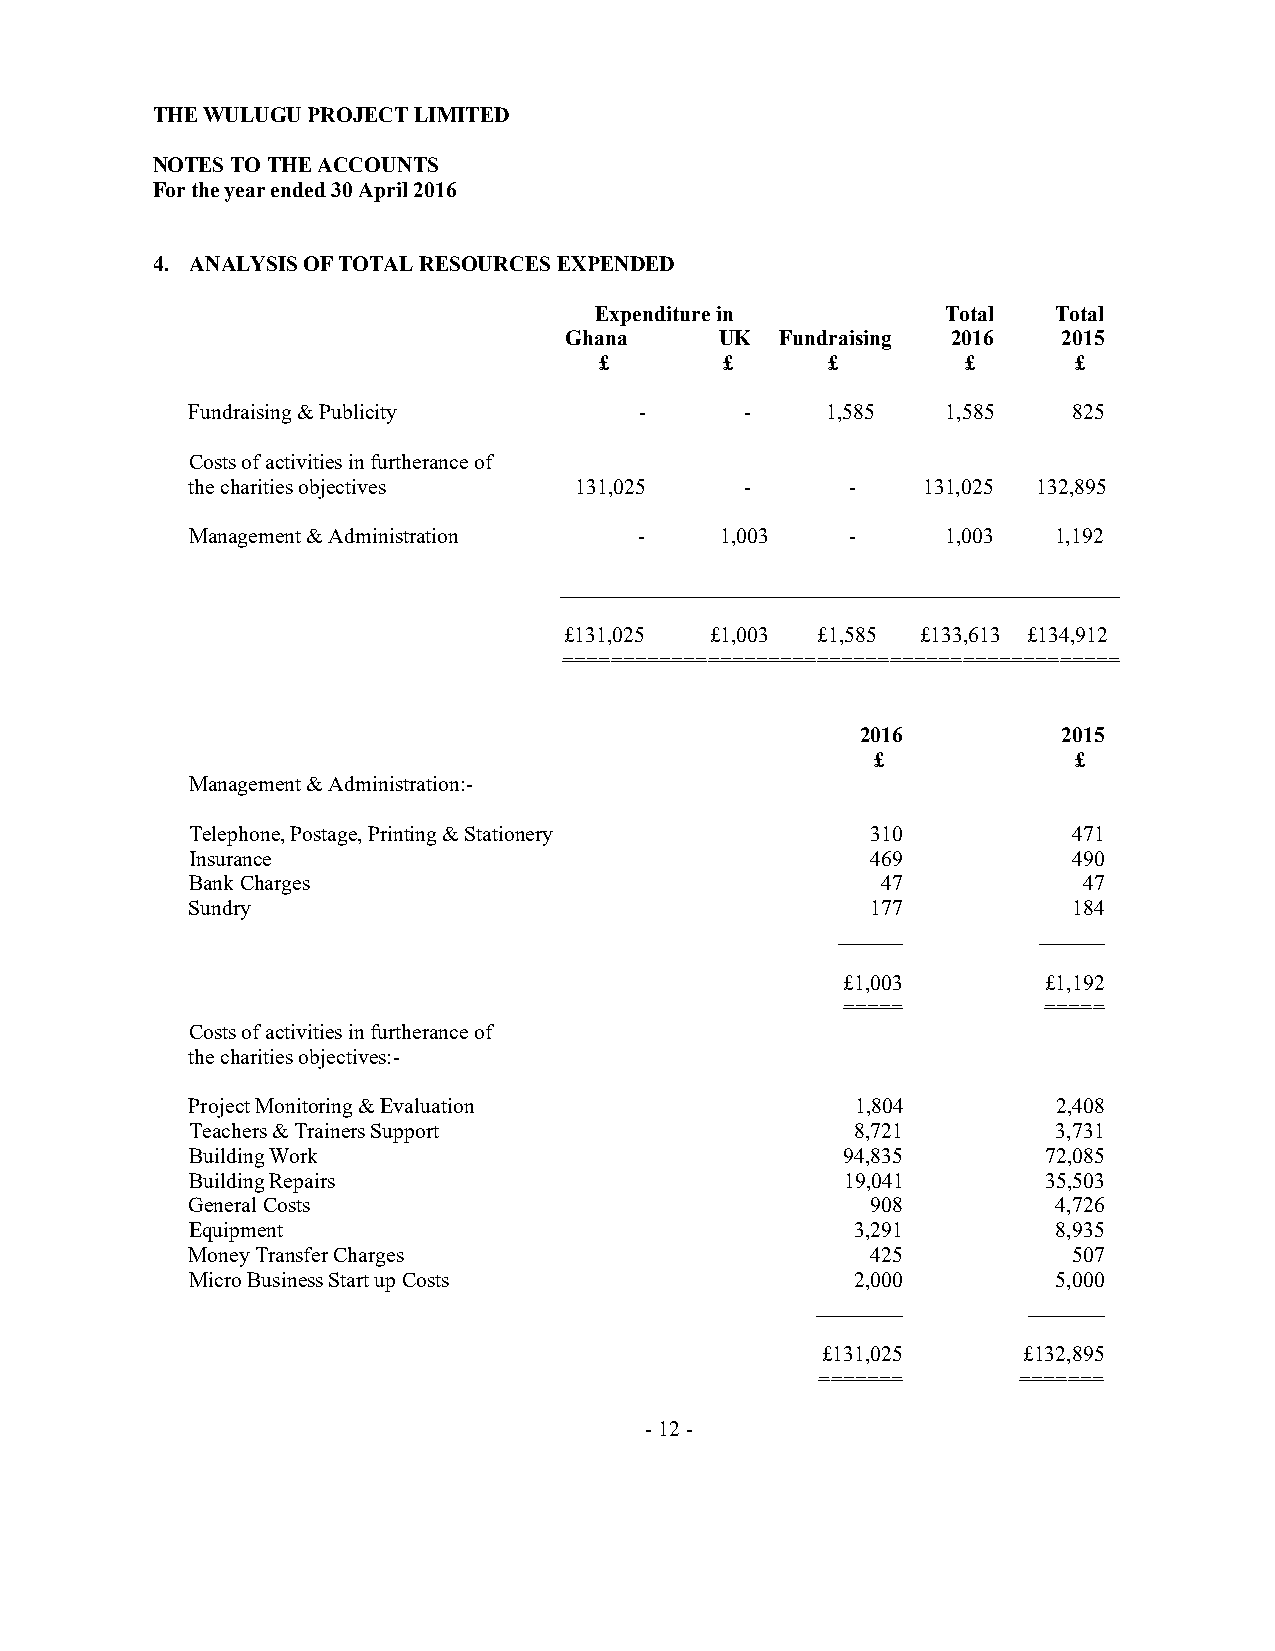
THE WULUGU PROJECT LIMITED
 NOTES TO THE ACCOUNTS
 For the year ended 30 April 2016
 4. ANALYSIS OF TOTAL RESOURCES EXPENDED
 Expenditure in          Total  Total
 Ghana     UK  Fundraising 2016  2015
 £       £      £        £      £
 Fundraising & Publicity      -      -     1,585   1,585   825
 Costs of activities in furtherance of
 the charities objectives 131,025    -      -    131,025 132,895
 Management & Administration  -     1,003   -      1,003  1,192
 ____________________________________________________
 £131,025  £1,003 £1,585 £133,613 £134,912
 ==============================================
 2016         2015
 £            £
 Management & Administration:-
 Telephone, Postage, Printing & Stationery    310          471
 Insurance                                    469          490
 Bank Charges                                 47            47
 Sundry                                       177          184
 ______       ______
 £1,003       £1,192
 =====        =====
 Costs of activities in furtherance of
 the charities objectives:-
 Project Monitoring & Evaluation             1,804        2,408
 Teachers & Trainers Support                 8,721        3,731
 Building Work                              94,835       72,085
 Building Repairs                           19,041       35,503
 General Costs                                908         4,726
 Equipment                                   3,291        8,935
 Money Transfer Charges                       425          507
 Micro Business Start up Costs               2,000        5,000
 ________      _______
 £131,025      £132,895
 =======      =======
 - 12 -